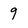
Character: 9